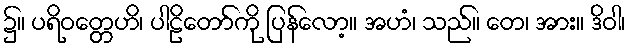
၌။ ပရိဝတ္တေဟိ၊ ပါဠိတော်ကို ပြန်လော့။ အဟံ၊ သည်။ တေ၊ အား။ ဒိဝါ၊